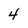
Character: 4